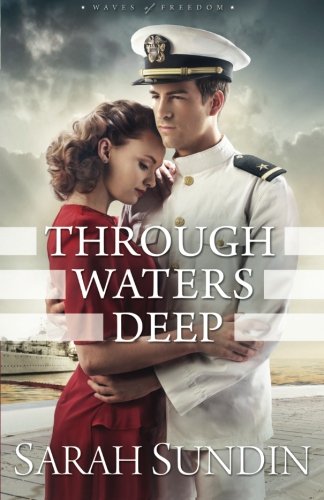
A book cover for Through Waters Deep: A Novel (Waves of Freedom); Sarah Sundin; Romance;